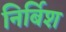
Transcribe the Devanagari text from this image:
निर्बिश